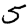
Digit: 5